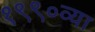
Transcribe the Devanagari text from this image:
१९९०व्या